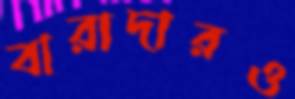
বারাদারও